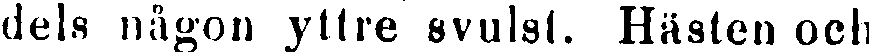
dels någon yttre svulst. Hästen och